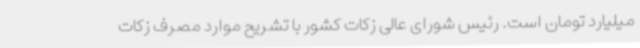
میلیارد تومان است. رئیس شورای عالی زکات کشور با تشریح موارد مصرف زکات